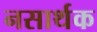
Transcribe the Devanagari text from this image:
नसार्थक